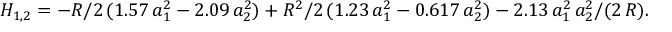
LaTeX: H _ { 1 , 2 } = - R / 2 \, ( 1 . 5 7 \, a _ { 1 } ^ { 2 } - 2 . 0 9 \, a _ { 2 } ^ { 2 } ) + R ^ { 2 } / 2 \, ( 1 . 2 3 \, a _ { 1 } ^ { 2 } - 0 . 6 1 7 \, a _ { 2 } ^ { 2 } ) - 2 . 1 3 \, a _ { 1 } ^ { 2 } \, a _ { 2 } ^ { 2 } / ( 2 \, R ) .